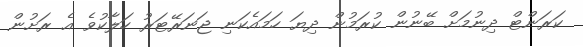
ކަރަންޓް ދިނުމަށް ބޭނުން ކުރަމުން ދިޔަ ހަމައެކަނި ޖަނަރޭޓަރު ހަލާކުވެ އެ ރަށުން